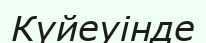
Күйеуінде